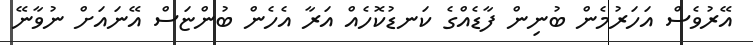
އޭރުވެސް އަހަރުމެން ބުނިން ފާޑެއްގެ ކަނޑުކޮހެއް އަރާ އެހެން ބުންޏަސް އޭނައަށް ނުވާނޭ